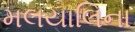
મલયાલિના